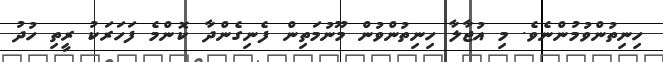
ހިނިތުންވުމުންނެވެ. މި އުޖާލާ ހިނިތުންވުން މޫނުމަތިން ފެނިގެންދާ ކޮންމެ ފަހަރަކު ރީތި ހުދު